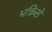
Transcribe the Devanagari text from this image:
भक्तिसे